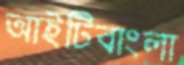
আইটিবাংলা